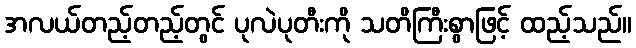
အလယ်တည့်တည့်တွင် ပုလဲပုတီးကို သတိကြီးစွာဖြင့် ထည့်သည်။